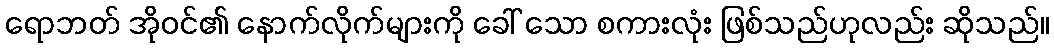
ရောဘတ် အိုဝင်၏ နောက်လိုက်များကို ခေါ် သော စကားလုံး ဖြစ်သည်ဟုလည်း ဆိုသည်။